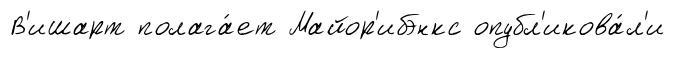
В'ишарт полага́ет Майор'ибэнкс опубл'икова́л'и